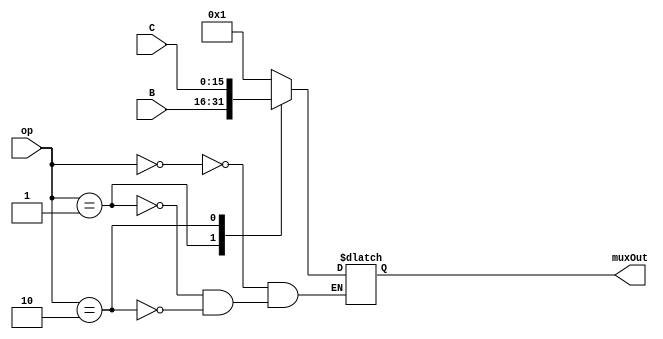
`timescale 1ns / 1ns



module ALUmux_B(
      op,
      B,
      C,
    muxOut
    );
     
  input[1:0] op;
  input[15:0] B;
  input[15:0] C;
     
  output reg[15:0] muxOut;



 //only 3 mux options and op 0 is hardwired to 2
 always @(op, B, C) begin 
    case (op)
      0: muxOut = 1;
      1: muxOut = B;
      2: muxOut = C;
    endcase
  end



endmodule